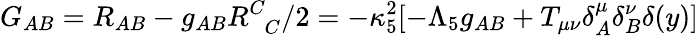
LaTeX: G_{AB}=R_{AB}-g_{AB}R_{\phantom{C}C}^{C}/2=-\kappa_{5}^{2}[-\Lambda_{5}g_{AB}+T_{\mu\nu}\delta_{A}^{\mu}\delta_{B}^{\nu}\delta(y)]